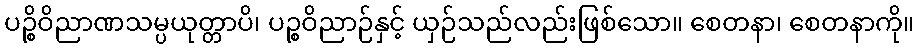
ပဉ္စိဝိညာဏသမ္ပယုတ္တာပိ၊ ပဉ္စဝိညာဉ်နှင့် ယှဉ်သည်လည်းဖြစ်သော။ စေတနာ၊ စေတနာကို။